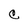
Character: e